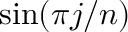
\sin ( \pi j / n )